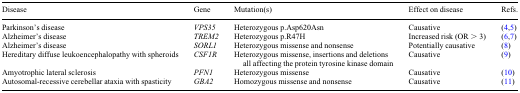
<table><thead><tr><td><b>Disease</b></td><td><b>Gene</b></td><td><b>Mutation(s)</b></td><td><b>Effect on disease</b></td><td><b>Refs.</b></td></tr></thead><tbody><tr><td>Parkinson&#x27;s disease</td><td><i>VPS35</i></td><td>Heterozygous p.Asp620Asn</td><td>Causative</td><td>(4,5)</td></tr><tr><td>Alzheimer&#x27;s disease</td><td><i>TREM2</i></td><td>Heterozygous p.R47H</td><td>Increased risk (OR &gt; 3)</td><td>(6,7)</td></tr><tr><td>Alzheimer&#x27;s disease</td><td><i>SORL1</i></td><td>Heterozygous missense and nonsense</td><td>Potentially causative</td><td>(8)</td></tr><tr><td>Hereditary diffuse leukoencephalopathy with spheroids</td><td><i>CSF1R</i></td><td>Heterozygous missense, insertions and deletions all affecting the protein tyrosine kinase domain</td><td>Causative</td><td>(9)</td></tr><tr><td>Amyotrophic lateral sclerosis</td><td><i>PFN1</i></td><td>Heterozygous missense</td><td>Causative</td><td>(10)</td></tr><tr><td>Autosomal-recessive cerebellar ataxia with spasticity</td><td><i>GBA2</i></td><td>Homozygous missense and nonsense</td><td>Causative</td><td>(11)</td></tr></tbody></table>